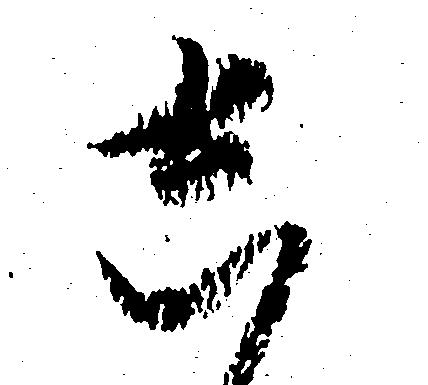
し